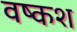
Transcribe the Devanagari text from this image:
वष्कश